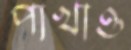
পাখাও